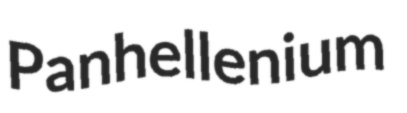
Panhellenium